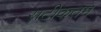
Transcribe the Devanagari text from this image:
सटीकतम